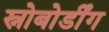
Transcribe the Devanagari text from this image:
स्नोबोर्डींग